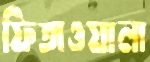
ফিতাওয়ালা